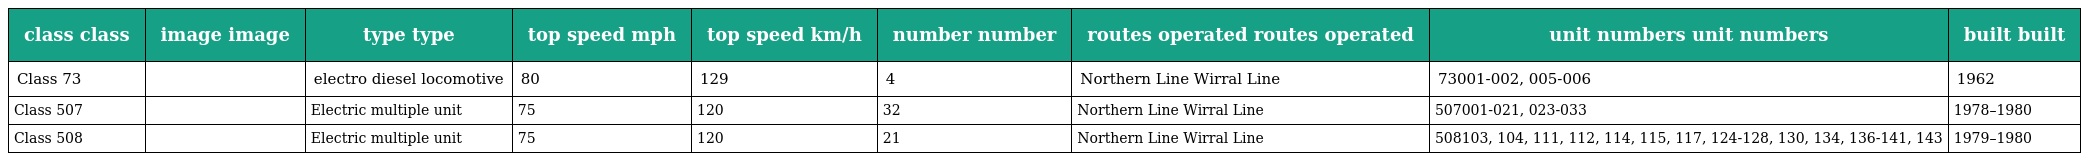
| class class | image image | type type | top speed mph | top speed km/h | number number | routes operated routes operated | unit numbers unit numbers | built built |
 | --- | --- | --- | --- | --- | --- | --- | --- | --- |
 | Class 73 |  | electro diesel locomotive | 80 | 129 | 4 | Northern Line Wirral Line | 73001-002, 005-006 | 1962 |
 | Class 507 |  | Electric multiple unit | 75 | 120 | 32 | Northern Line Wirral Line | 507001-021, 023-033 | 1978–1980 |
 | Class 508 |  | Electric multiple unit | 75 | 120 | 21 | Northern Line Wirral Line | 508103, 104, 111, 112, 114, 115, 117, 124-128, 130, 134, 136-141, 143 | 1979–1980 |